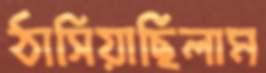
ঠাসিয়াছিলাম